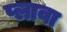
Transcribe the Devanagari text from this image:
प्लावा